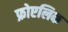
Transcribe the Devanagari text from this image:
फ्रोएलिक